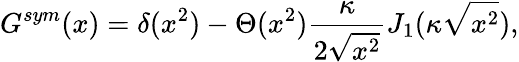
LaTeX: G^{sym}(x)=\delta(x^{2})-\Theta(x^{2})\frac{\kappa}{2\sqrt{x^{2}}}J_{1}(\kappa\sqrt{x^{2}}),